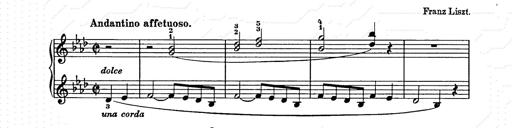
Title: Weihnachtsbaum
Composer: Franz Liszt